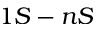
1 S - n S